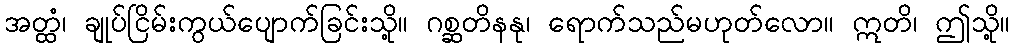
အတ္ထံ၊ ချုပ်ငြိမ်းကွယ်ပျောက်ခြင်းသို့။ ဂစ္ဆတိနနု၊ ရောက်သည်မဟုတ်လော။ ဣတိ၊ ဤသို့။